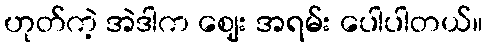
ဟုတ်ကဲ့ အဲဒါက ဈေး အရမ်း ပေါပါတယ်။